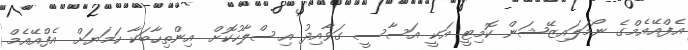
އެފްއޭއެމްގެ ނޯމަލައިޒޭޝަން ކޮމިޓީ އަކީ އަސާސީ ގަވާއިދު އިސްލާހުކޮށް އިންތިހާބަކާ ހަމަޔަށް އެފްއޭއެމް